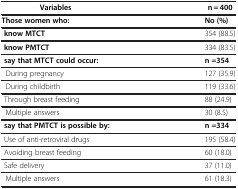
<table><thead><tr><td><b>Variables</b></td><td><b>n = 400</b></td></tr></thead><tbody><tr><td><b>Those women who:</b></td><td><b>No (%)</b></td></tr><tr><td> <b>know MTCT</b></td><td>354 (88.5)</td></tr><tr><td> <b>know PMTCT</b></td><td>334 (83.5)</td></tr><tr><td> <b>say that MTCT could occur:</b></td><td><b>n =354</b></td></tr><tr><td> During pregnancy</td><td>127 (35.9)</td></tr><tr><td> During childbirth</td><td>119 (33.6)</td></tr><tr><td> Through breast feeding</td><td>88 (24.9)</td></tr><tr><td> Multiple answers</td><td>30 (8.5)</td></tr><tr><td> <b>say that PMTCT is possible by:</b></td><td><b>n =334</b></td></tr><tr><td> Use of anti-retroviral drugs</td><td>195 (58.4)</td></tr><tr><td> Avoiding breast feeding</td><td>60 (18.0)</td></tr><tr><td> Safe delivery</td><td>37 (11.0)</td></tr><tr><td> Multiple answers</td><td>61 (18.3)</td></tr></tbody></table>